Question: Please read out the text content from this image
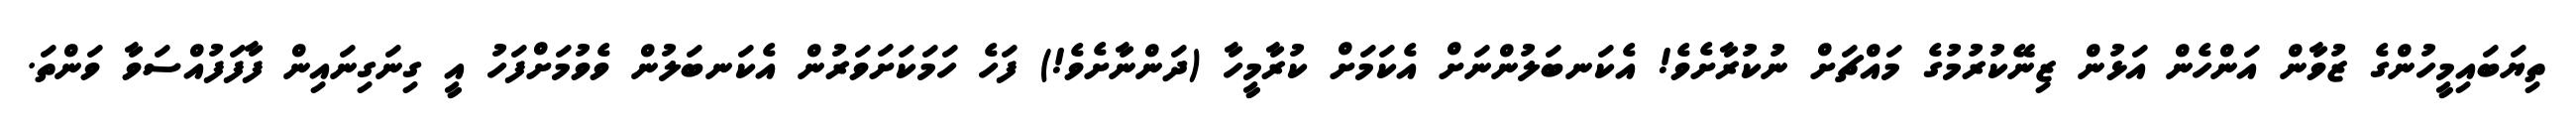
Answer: ތިޔަބައިމީހުންގެ ޒުވާން އަންހެން އަޅުން ޒިނޭކުރުމުގެ މައްޗަށް ނުކުރާށެވެ! އެކަނބަލުންނަށް އެކަމަށް ކުރާމީހާ (ދަންނާށެވެ!) ފަހެ ހަމަކަށަވަރުން އެކަނބަލުން ވެވުމަށްފަހު އީ ގިނަގިނައިން ފާފަފުއްސަވާ ވަންތަ.